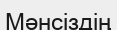
Мәнсіздің